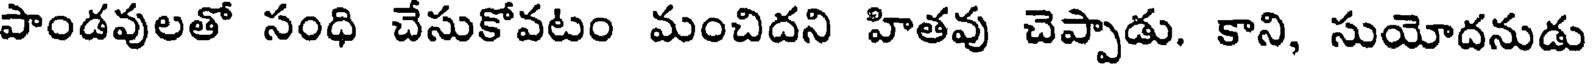
పాండవులతో సంధి చేసుకోవటం మంచిదని హితవు చెప్పాడు. కాని, సుయోదనుడు